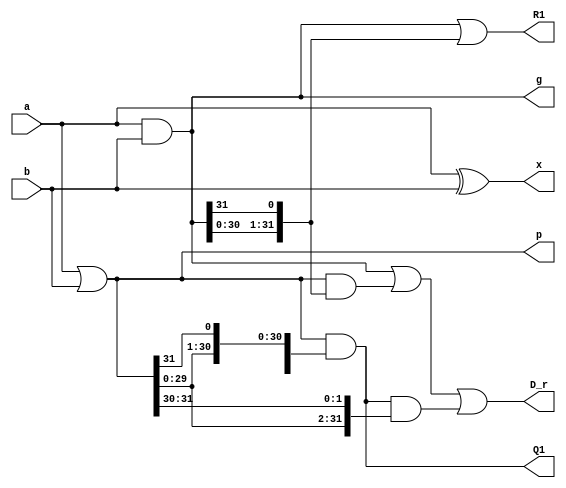
// Stage 1
//--------------------------------------------------------------------------------------
module J32_stage_1(a, b, g, p, x, R1, Q1, D_r);
//
//
//
    input [31:0]a ;
    input [31:0]b ;
    output [31:0]g ;
    output [31:0]p ;
    output [31:0]x ;
    output [31:0]R1 ;
    output [31:0]Q1 ;
    output [31:0]D_r ;
    
    
    assign p[31:0] = a[31:0] | b[31:0] ;
    assign g[31:0] = a[31:0] & b[31:0] ;
    assign x[31:0] = a[31:0] ^ b[31:0] ;    
    
    assign R1[31:0] = g[31:0] | {g[30:0],g[31]};
    assign Q1[31:0] = p[31:0] & {p[30:0],p[31]} ;
    
    assign D_r[31:0] = g[31:0] | p[31:0]&{g[30:0],g[31]} | p[31:0]&{p[30:0],p[31]}&{p[29:0],p[31:30]} ;
    
endmodule


// Stage 2
//--------------------------------------------------------------------------------------
module J32_stage_2(R1, Q1, R2, Q2);
//
//
//
    input [31:0]R1;
    input [31:0]Q1;
    output [31:0]R2;
    output [31:0]Q2;

    assign R2[31:0] = R1[31:0] | {R1[29:0],R1[31:30]} | {Q1[28:0],Q1[31:29]} & {R1[27:0],R1[31:28]} | {Q1[28:0],Q1[31:29]}&{Q1[26:0],Q1[31:27]}&{R1[25:0],R1[31:26]} ;
    assign Q2[31:0] = Q1[31:0] & {Q1[29:0],Q1[31:30]} & {Q1[27:0],Q1[31:28]} & ({R1[26:0],R1[31:27]} | {Q1[25:0],Q1[31:26]});
    
endmodule



// Stage 3
//--------------------------------------------------------------------------------------
module J32_stage_3(R2, Q2, x, D_r, R3, xD);
//
//
//
    input [31:0]R2;
    input [31:0]Q2;
    input [31:0]D_r;
    input [31:0]x;
    output [31:0]R3;
    output [31:0]xD;
    
    wire [31:0]D;
    
    assign R3[31:0] = R2[31:0] | {R2[23:0],R2[31:24]} | {Q2[20:0],Q2[31:21]} & {R2[15:0],R2[31:16]} | {Q2[20:0],Q2[31:21]} & {Q2[12:0],Q2[31:13]} & {R2[7:0],R2[31:8]} ;
    
    assign D[31:0] = D_r[31:0] & ( R2[31:0] | {Q2[28:0],Q2[31:29]} ) ;
    assign xD[31:0] = x[31:0] ^ {D[30:0],D[31]} ;
    
endmodule




// Adder
//--------------------------------------------------------------------------------------
module J32_adder(a, b, sum);
//
//
//
    input [31:0]a;
    input [31:0]b;
    output [31:0]sum;
    
    wire [31:0] g ;
    wire [31:0] p ;
    wire [31:0] x ;
    wire [31:0] R1 ;
    wire [31:0] R2 ;
    wire [31:0] R3 ;
    wire [31:0] Q1 ;
    wire [31:0] Q2 ;
    wire [31:0] D_r ;
    wire [31:0] xD ;

    
    J32_stage_1 CUT1(a, b, g, p, x, R1, Q1, D_r);
    J32_stage_2 CUT2(R1, Q1, R2, Q2);
    J32_stage_3 CUT3(R2, Q2, x, D_r, R3, xD);
    

    assign sum[31:0] = ~{R3[30:0],R3[31]} & (x[31:0]) | {R3[30:0],R3[31]} & xD[31:0] ;
    
endmodule









// With D recursion Module
//------------------------------
/*
// Stage 1
//--------------------------------------------------------------------------------------
module J32D_stage_1(a, b, g, p, x, R1, Q1);
//
//
//
    input [31:0]a ;
    input [31:0]b ;
    output [31:0]g ;
    output [31:0]p ;
    output [31:0]x ;
    output [31:0]R1 ;
    output [31:0]Q1 ;

    
    
    assign p[31:0] = a[31:0] | b[31:0] ;
    assign g[31:0] = a[31:0] & b[31:0] ;
    assign x[31:0] = a[31:0] ^ b[31:0] ;    
    
    assign R1[31:0] = g[31:0] | {g[30:0],g[31]};
    assign Q1[31:0] = p[31:0] & {p[30:0],p[31]} ;
    
    
endmodule

// Stage 3
//--------------------------------------------------------------------------------------
module J32D_stage_3(R2, Q2, R3);
//
//
//
    input [31:0]R2;
    input [31:0]Q2;

    output [31:0]R3;

    

    
    assign R3[31:0] = R2[31:0] | {R2[23:0],R2[31:24]} | {Q2[20:0],Q2[31:21]} & {R2[15:0],R2[31:16]} | {Q2[20:0],Q2[31:21]} & {Q2[12:0],Q2[31:13]} & {R2[7:0],R2[31:8]} ;
    

    
endmodule


module J32_Drecursion(p, g, R2, Q2, D);
    
    input [31:0]p ;    
    input [31:0]g ;
    input [31:0]R2;
    input [31:0]Q2;

    output [31:0]D;
    
    wire [31:0]D_r;
    
    assign D_r[31:0] = g[31:0] | p[31:0]&{g[30:0],g[31]} | p[31:0]&{p[30:0],p[31]}&{p[29:0],p[31:30]} ;
    assign D[31:0] = D_r[31:0] & ( R2[31:0] | {Q2[28:0],Q2[31:29]} ) ;
     
endmodule



// Adder
//--------------------------------------------------------------------------------------
module J32_adder(a, b, sum);
//
//
//
    input [31:0]a;
    input [31:0]b;
    output [31:0]sum;
    
    wire [31:0] g ;
    wire [31:0] p ;
    wire [31:0] x ;
    wire [31:0] R1 ;
    wire [31:0] R2 ;
    wire [31:0] R3 ;
    wire [31:0] Q1 ;
    wire [31:0] Q2 ;
    wire [31:0] D ;

    
    J32D_stage_1 CUT1(a, b, g, p, x, R1, Q1);
    J32_stage_2 CUT2(R1, Q1, R2, Q2);
    J32D_stage_3 CUT3(R2, Q2, R3);
    J32_Drecursion CUT4(p, g, R2, Q2, D);

    assign sum[31:0] = ~{R3[30:0],R3[31]} & (x[31:0]) | {R3[30:0],R3[31]} & ( x[31:0] ^ {D[30:0],D[31]} ) ;
    
endmodule
*/